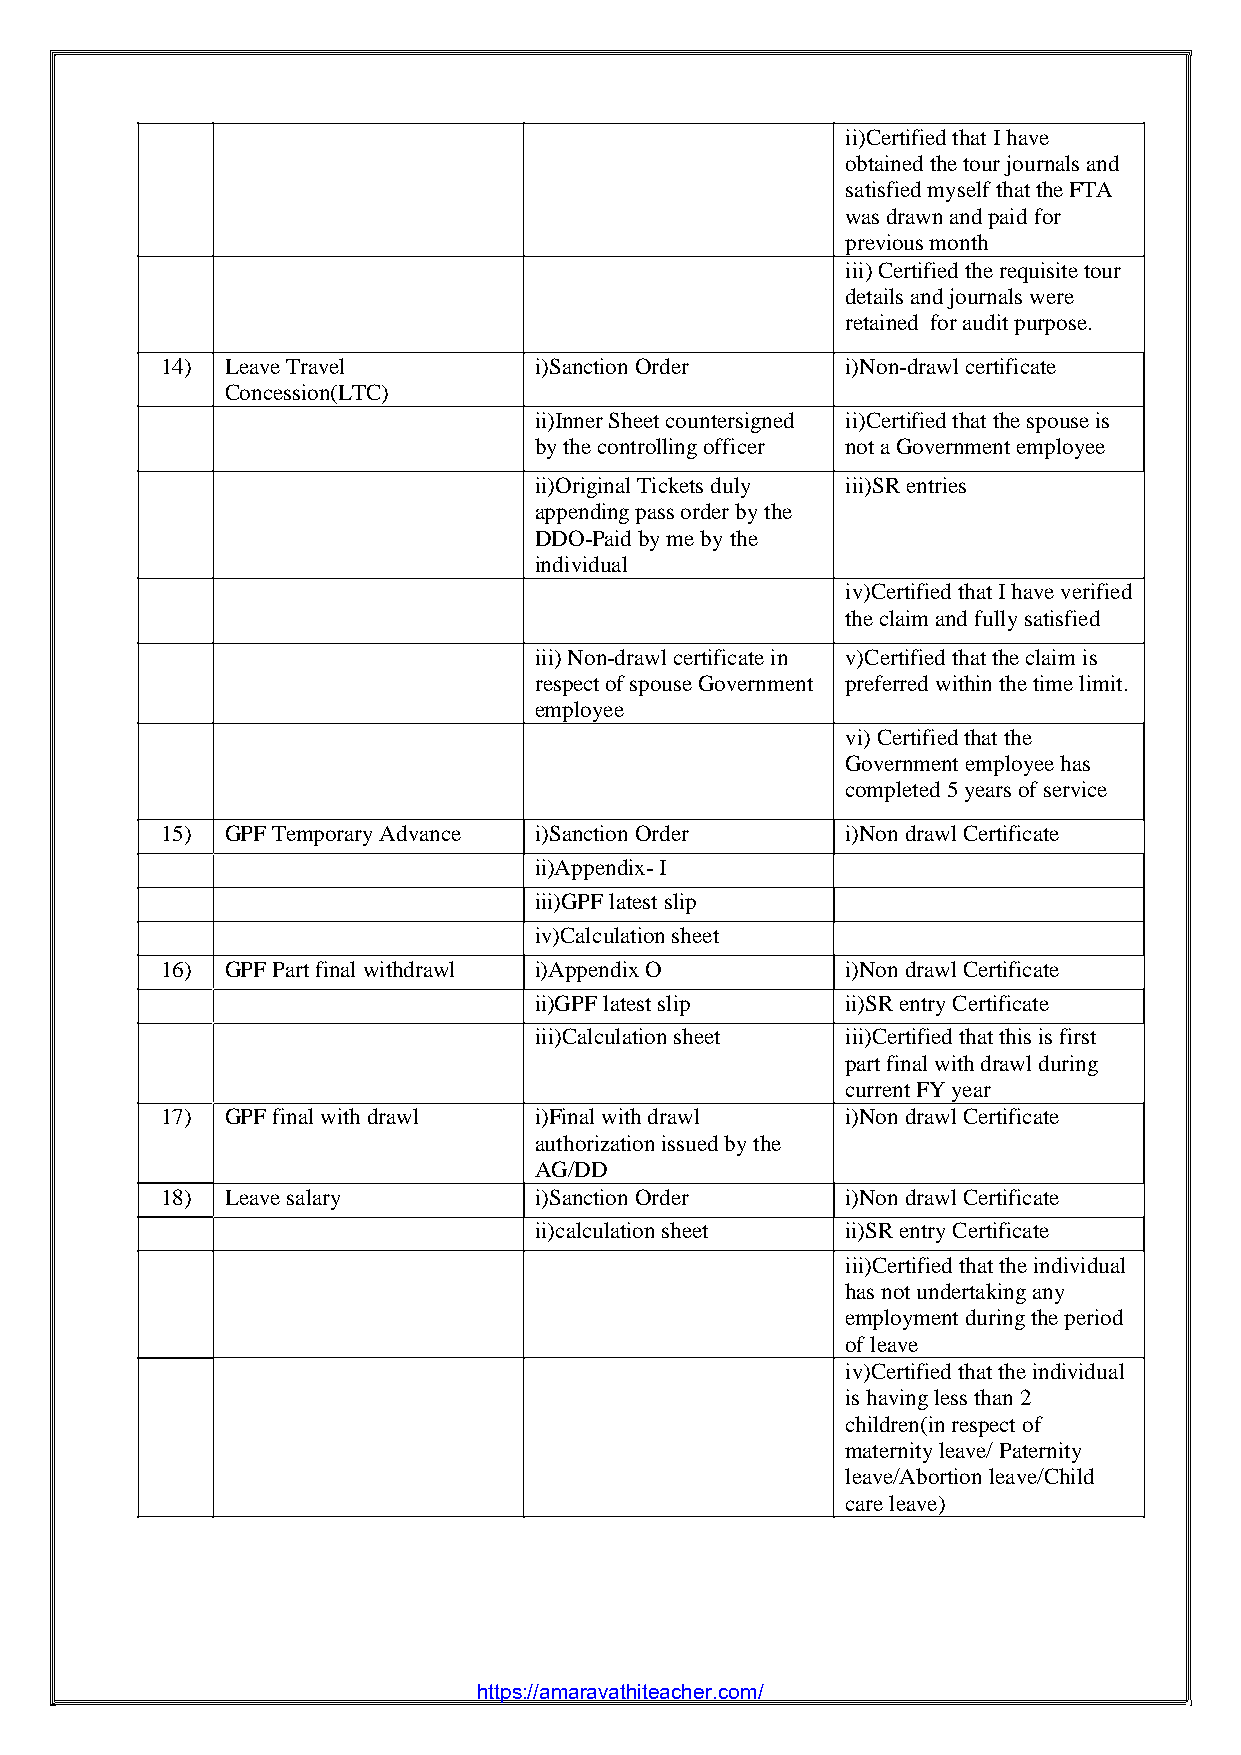
ii)Certified that I have
 obtained the tour journals and
 satisfied myself that the FTA
 was drawn and paid for
 previous month
 iii)Certified the requisite tour
 details and journals were
 retained for audit purpose.
 14) Leave Travel        i)Sanction Order     i)Non-drawl certificate
 Concession(LTC)
 ii)Inner Sheet countersigned ii)Certified that the spouse is
 by the controlling officer not a Government employee
 ii)Original Tickets duly iii)SR entries
 appending pass order by the
 DDO-Paid by me by the
 individual
 iv)Certified that I have verified
 the claim and fully satisfied
 iii)Non-drawl certificate in v)Certified that the claim is
 respect of spouse Government preferred within the time limit.
 employee
 vi)Certified that the
 Government employee has
 completed 5 years of service
 15) GPF Temporary Advance i)Sanction Order   i)Non drawl Certificate
 ii)Appendix- I
 iii)GPF latest slip
 iv)Calculation sheet
 16) GPF Part final withdrawl i)Appendix O    i)Non drawl Certificate
 ii)GPF latest slip   ii)SR entry Certificate
 iii)Calculation sheet iii)Certified that this is first
 part final with drawl during
 current FY year
 17) GPF final with drawl i)Final with drawl  i)Non drawl Certificate
 authorization issued by the
 AG/DD
 18) Leave salary        i)Sanction Order     i)Non drawl Certificate
 ii)calculation sheet ii)SR entry Certificate
 iii)Certified that the individual
 has not undertaking any
 employment during the period
 of leave
 iv)Certified that the individual
 is having less than 2
 children(in respect of
 maternity leave/ Paternity
 leave/Abortion leave/Child
 care leave)
 https://amaravathiteacher.com/